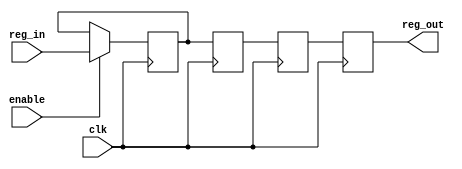
module RegisterSeries(input clk, enable,
                input [7:0] reg_in,
                output reg [7:0] reg_out);
            
    reg [7:0] Carry [2:0];

    always@(posedge clk) begin
        if(enable==1)
            Carry[0] <= reg_in;
            Carry[1] <= Carry[0];
            Carry[2] <= Carry[1];
            reg_out <= Carry[2];
    end

endmodule